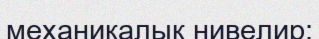
механикалық нивелир;